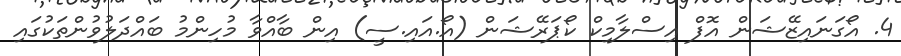
4. އޯގަނައިޒޭޝަން އޮފް އިސްލާމިކް ކޯޕަރޭޝަން (އޯ.އައި.ސީ) އިން ބާއްވާ މުހިންމު ބައްދަލުވުންތަކުގައި